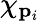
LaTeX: \chi_{\mathbf{p}_{i}}